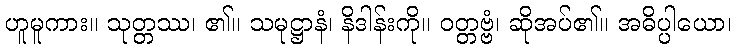
ဟူမူကား။ သုတ္တဿ၊ ၏။ သမုဋ္ဌာနံ၊ နိဒါန်းကို။ ဝတ္တဗ္ဗံ၊ ဆိုအပ်၏။ အဓိပ္ပါယော၊